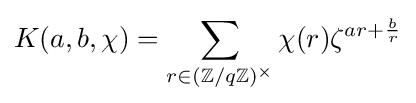
K(a,b,\chi )=\sum _{r\in (\mathbb {Z} /q\mathbb {Z} )^{\times }}\chi (r)\zeta ^{ar+{\frac {b}{r}}}